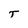
Character: T